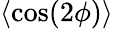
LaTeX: \langle\cos(2\phi)\rangle